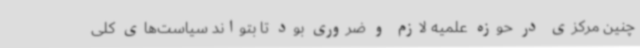
چنین مرکزی در حوزه علمیه لازم و ضروری بود تا بتواند سیاست‌های کلی